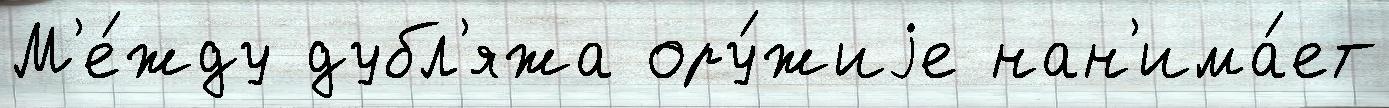
М'е́жду дубл'яжа ору́жиjе нан'има́ет